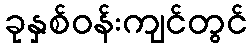
ခုနှစ်ဝန်းကျင်တွင်